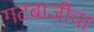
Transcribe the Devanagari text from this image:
गटबाजीचा